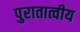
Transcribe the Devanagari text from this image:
पुरातात्वीय